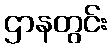
ဌာနတွင်း